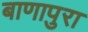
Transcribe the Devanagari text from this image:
बाणापुरा